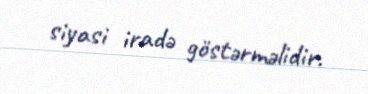
siyasi iradə göstərməlidir.